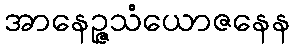
အာနေဉ္ဇသံယောဇနေန